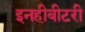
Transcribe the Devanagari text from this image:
इनहीबीटरी